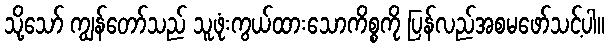
သို့သော် ကျွန်တော်သည် သူဖုံးကွယ်ထားသောကိစ္စကို ပြန်လည်အစမဖော်သင့်ပါ။